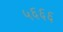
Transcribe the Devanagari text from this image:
५६६६